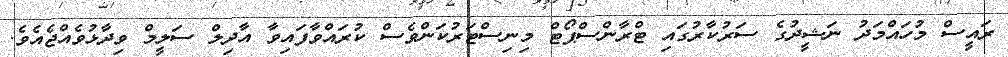
ރައީސް މުހައްމަދު ނަޝީދުގެ ސަރުކާރުގައި ޓްރާންސްޕޯޓް މިނިސްޓަރުކަންވެސް ކުރައްވާފައިވާ އާދިލް ސަލީމް ވިދާޅުވެއްޖެއެވެ.